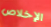
الإخلاص